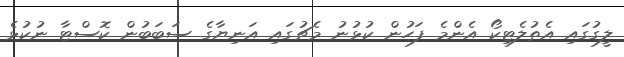
ލީގުގައި އެތުލެޓިކޯ އެންމެ ފަހުން ކުޅުނު މެޗުގައި އަނިޔާގެ ސަބަބުން ކޮސްޓާ ނުކުޅެ